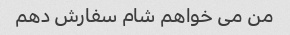
من می خواهم شام سفارش دهم